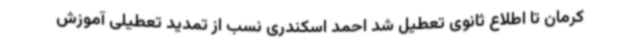
کرمان تا اطلاع ثانوی تعطیل شد احمد اسکندری نسب از تمدید تعطیلی آموزش